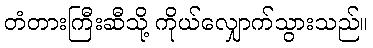
တံတားကြီးဆီသို့ ကိုယ်လျှောက်သွားသည်။